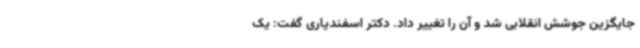
جایگزین جوشش انقلابی شد و آن را تغییر داد. دکتر اسفندیاری گفت: یک